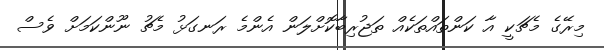
މިރޭގެ މެޗަކީ އާ ކަންތައްތަކެއް ތަޖުރިބާކޮށްލަން އެންމެ ރަނގަޅު މެޗު ނޫންކަމަށް ވެސް